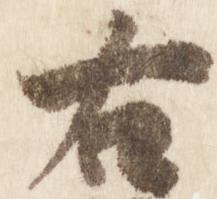
右